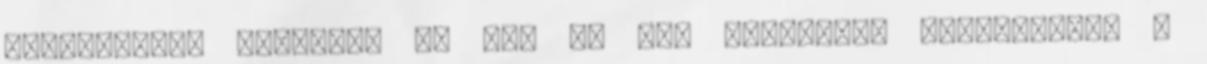
lehetetlent akarjuk. Te is, én is. Szeretném elfelejteni a